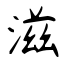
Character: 滋